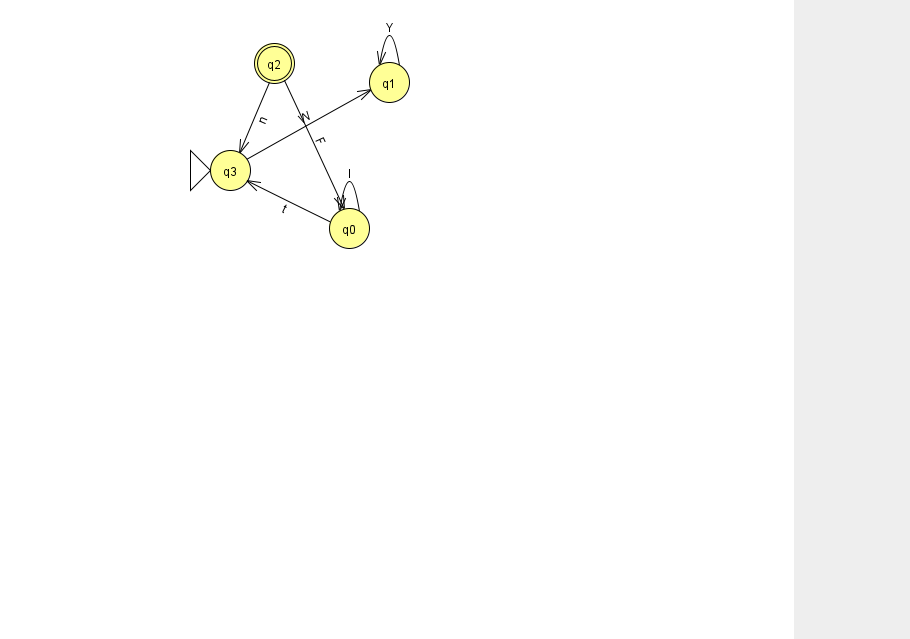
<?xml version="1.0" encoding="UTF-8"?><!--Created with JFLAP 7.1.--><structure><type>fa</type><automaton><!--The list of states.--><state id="0" name="q0"><x>349.0</x><y>215.0</y></state><state id="1" name="q1"><x>389.0</x><y>69.0</y></state><state id="2" name="q2"><x>274.0</x><y>50.0</y><final/></state><state id="3" name="q3"><x>230.0</x><y>157.0</y><initial/></state><!--The list of transitions.--><transition><from>2</from><to>3</to><read>n</read></transition><transition><from>2</from><to>0</to><read>F</read></transition><transition><from>3</from><to>1</to><read>W</read></transition><transition><from>0</from><to>0</to><read>I</read></transition><transition><from>1</from><to>1</to><read>Y</read></transition><transition><from>0</from><to>3</to><read>t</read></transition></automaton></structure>